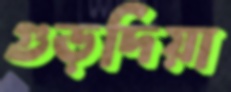
গুড়দিয়া